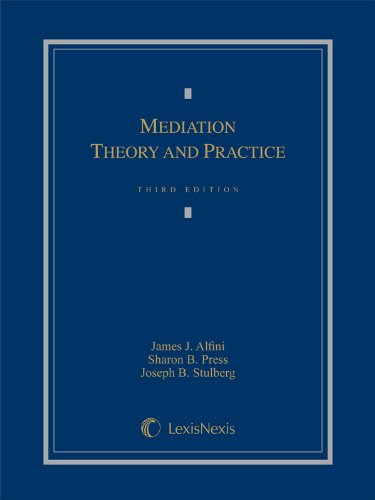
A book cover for Mediation Theory and Practice (2013); James J. Alfini; Law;